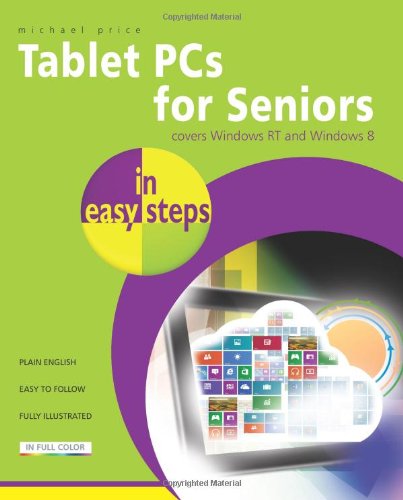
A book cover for Tablet PCs for Seniors in Easy Steps: Covers Windows RT and Windows 8; Michael Price; Computers & Technology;